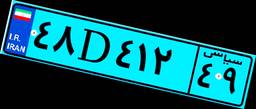
۱۱D۴۹۱۶۲